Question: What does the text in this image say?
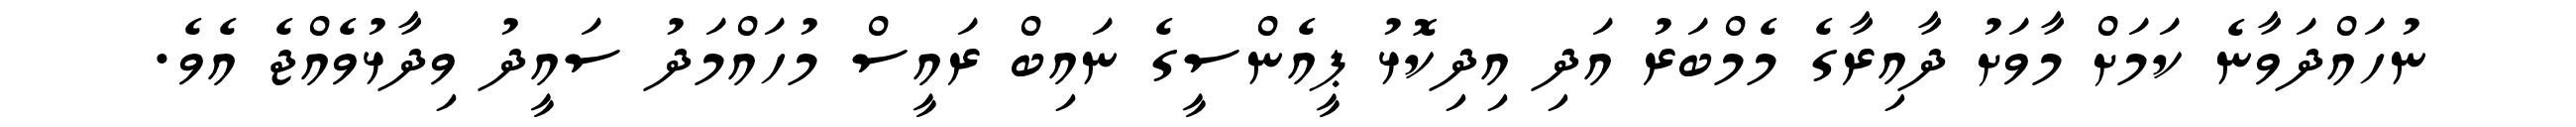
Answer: ނުހައްދަވާނެ ކަމަށް މާވަށު ދާއިރާގެ މެމްބަރު އަދި އިދިކޮޅު ޕީއެންސީގެ ނައިބް ރައީސް މުހައްމަދު ސައީދު ވިދާޅުވެއްޖެ އެވެ.